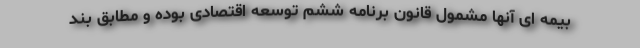
بیمه ای آنها مشمول قانون برنامه ششم توسعه اقتصادی بوده و مطابق بند